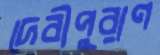
দেবীপুরাণ